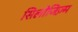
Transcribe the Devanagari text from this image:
सिलोजिज़्म